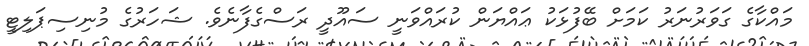
މައްކާގެ ގަވަރުނަރު ކަމަށް ބޭފުޅަކު ޢައްޔަން ކުރައްވަނީ ސައޫދީ ރަސްގެފާނެވެ. ޝަހަރުގެ މުނިސިޕަލިޓީ